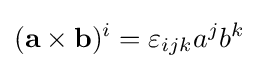
(\mathbf {a\times b} )^{i}=\varepsilon _{ijk}a^{j}b^{k}